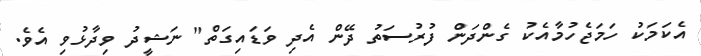
އެކަމަކު ހަމަޖެހުމާއެކު ގެންދަން ފުރުސަތު ދޭން އެދި ވަޑައިގަތް" ނަޝީދު ވިދާޅުވި އެވެ.